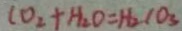
C O _ { 2 } + H _ { 2 } O = H _ { 2 } C O _ { 3 }